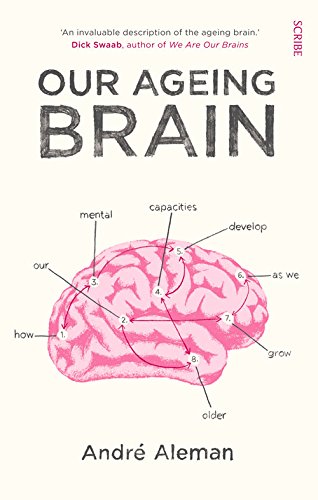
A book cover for Our Ageing Brain: How Our Mental Capacities Develop as We Get Older; AndrÃ© Aleman; Politics & Social Sciences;